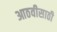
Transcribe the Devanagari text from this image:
आठवीसाठी